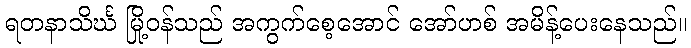
ရတနာသိင်္ဃ မြို့ဝန်သည် အကွက်စေ့အောင် အော်ဟစ် အမိန့်ပေးနေသည်။